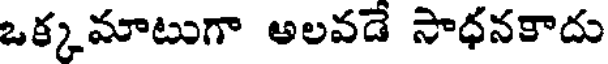
ఒక్కమాటుగా అలవడే సాధనకాదు